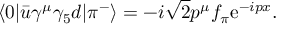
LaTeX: \langle 0 | \bar { u } \gamma ^ { \mu } \gamma _ { 5 } d | \pi ^ { - } \rangle = - i \sqrt { 2 } p ^ { \mu } f _ { \pi } \mathrm { e } ^ { - i p x } .